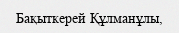
Бақыткерей Құлманұлы,